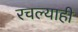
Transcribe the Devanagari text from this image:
रचल्याही